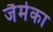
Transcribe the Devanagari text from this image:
जैमेका